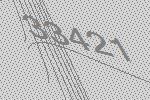
33421